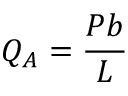
Q _ { A } = { \frac { P b } { L } }